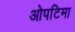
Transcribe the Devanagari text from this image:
ओपटिमा